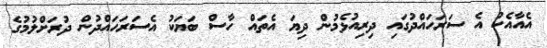
އެއާއެކު އެ ސަރަހައްދުގައި ދިރިއުޅެމުން ދިޔަ އެތައް ހާސް ބަޔަކު އެސަރަހައްދުން ދުރަށްލުމުގެ